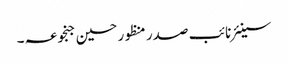
سینئر نائب صدر منظور حسین جنجوعہ ۔